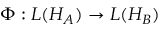
\Phi : L ( H _ { A } ) \rightarrow L ( H _ { B } )